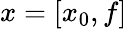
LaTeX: {x=[x_{0},f]}